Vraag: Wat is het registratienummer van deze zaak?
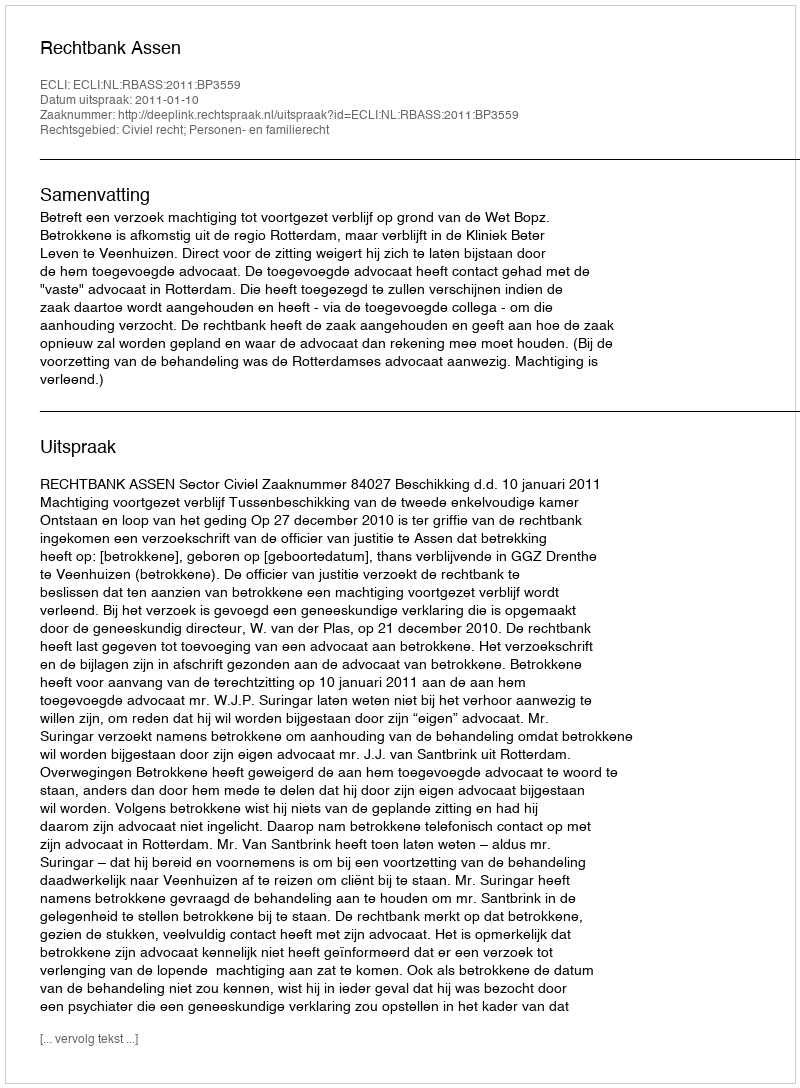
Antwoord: http://deeplink.rechtspraak.nl/uitspraak?id=ECLI:NL:RBASS:2011:BP3559